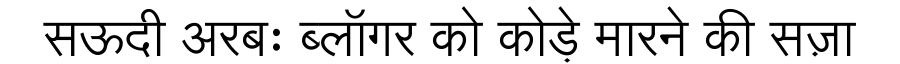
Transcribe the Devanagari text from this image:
सऊदी अरबः ब्लॉगर को कोड़े मारने की सज़ा